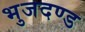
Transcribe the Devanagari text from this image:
भुजदण्ड